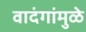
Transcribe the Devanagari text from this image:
वादंगांमुळे